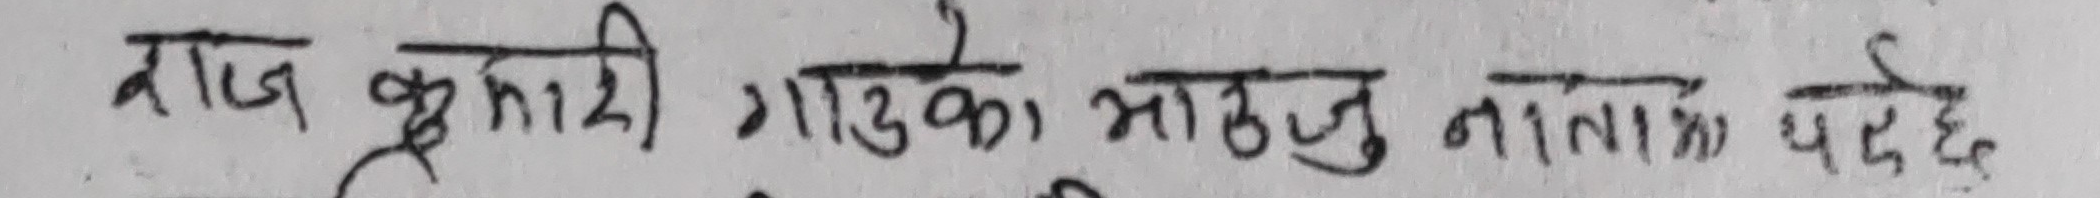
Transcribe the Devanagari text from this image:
राज कुमारी गाउँका भाठनु नाताका पर्छछ।